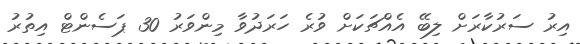
އިރު ސަރުކާރަށް ލިބޭ އެއްޗަކަށް ވުރެ ހަރަދުވާ މިންވަރު 30 ޕަސެންޓް އިތުރު